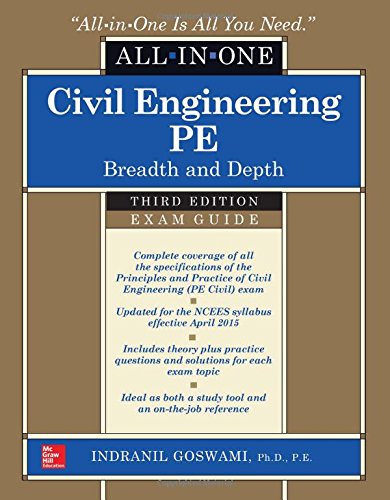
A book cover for Civil Engineering All-In-One PE Exam Guide: Breadth and Depth, Third Edition; Indranil Goswami; Engineering & Transportation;